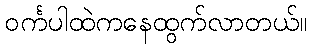
ဝင်္ကပါထဲကနေထွက်လာတယ်။